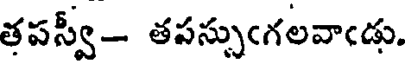
తపస్వీ- తపస్సుఁగలవాఁడు.